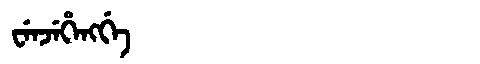
Manchu: ᠸᡝᠨᠵᡝᡥᡝᠩᡤᡝ
Romanization: WENJEHENGGE